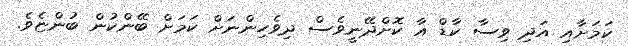
ކަމަށާއި އަދި ވިސާ ކާޑް އާ ކޮށްދޭނީވެސް ދިވެހިންނަށް ކަމަށް ބޭންކުން ބުންޏެވެ.